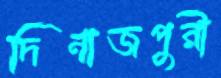
দিনাজপুরী